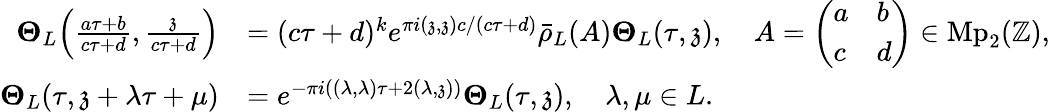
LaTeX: \begin{array}{rl}{\mathbf{\Theta}_{L}\Big(\frac{a\tau+b}{c\tau+d},\frac{\mathfrak{z}}{c\tau+d}\Big)}&{=(c\tau+d)^{k}e^{\pi i(\mathfrak{z},\mathfrak{z})c/(c\tau+d)}\bar{\rho}_{L}(A)\mathbf{\Theta}_{L}(\tau,\mathfrak{z}),\quad A=\left(\begin{array}{ll}{a}&{b}\\ {c}&{d}\end{array}\right)\in\mathrm{Mp}_{2}(\mathbb{Z}),}\\ {\mathbf{\Theta}_{L}(\tau,\mathfrak{z}+\lambda\tau+\mu)}&{=e^{-\pi i((\lambda,\lambda)\tau+2(\lambda,\mathfrak{z}))}\mathbf{\Theta}_{L}(\tau,\mathfrak{z}),\quad\lambda,\mu\in L.}\end{array}